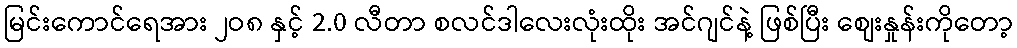
မြင်းကောင်ရေအား ၂ဝ၈ နှင့် 2.0 လီတာ စလင်ဒါလေးလုံးထိုး အင်ဂျင်နဲ့ ဖြစ်ပြီး စျေးနှုန်းကိုတော့